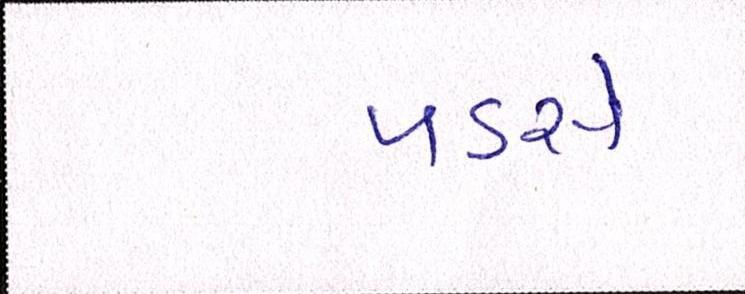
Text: પડસે